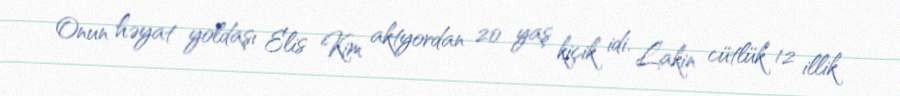
Onun həyat yoldaşı Elis Kim aktyordan 20 yaş kiçik idi. Lakin cütlük 12 illik